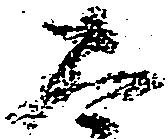
太